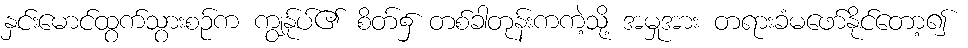
နှင်းမောင်ထွက်သွားစဉ်က ကျွန်ုပ်၏ စိတ်၌ တစ်ခါတုန်းကကဲ့သို့ အမှုအား တရားခံမဖော်နိုင်တော့၍